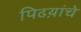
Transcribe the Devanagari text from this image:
पिढय़ांचे